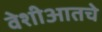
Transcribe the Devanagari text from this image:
वेशीआतचे